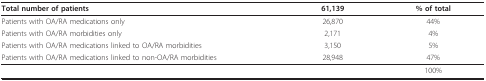
| Total number of patients | 61,139 | % of total |
 | --- | --- | --- |
 | Patients with OA/RA medications only | 26,870 | 44% |
 | Patients with OA/RA morbidities only | 2,171 | 4% |
 | Patients with OA/RA medications linked to OA/RA morbidities | 3,150 | 5% |
 | Patients with OA/RA medications linked to non-OA/RA morbidities | 28,948 | 47% |
 |  |  | 100% |